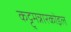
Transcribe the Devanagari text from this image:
कट्टुमन्नारकोइल